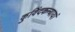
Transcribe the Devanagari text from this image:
कुविंदकन्यायां